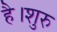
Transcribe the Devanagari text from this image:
है।शुरु